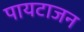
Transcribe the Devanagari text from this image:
पायटाजन